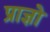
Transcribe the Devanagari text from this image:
प्राज्ञो